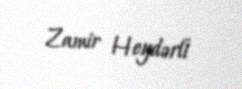
Zamir Heydərli